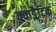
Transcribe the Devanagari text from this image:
क्वाड्रैटिक